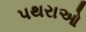
પથરાઓ